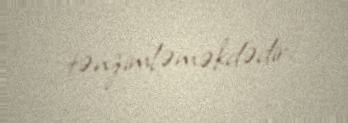
tənzimləməkdədir.